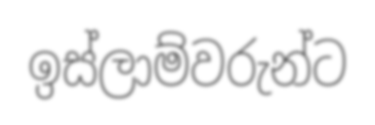
ඉස්ලාම්වරුන්ට